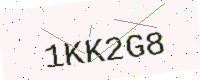
Text: 1KK2G8